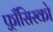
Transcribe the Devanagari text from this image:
फ़्राँसिस्को